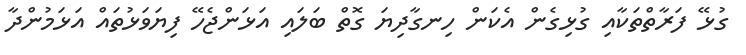
ގުޅޭ ފަރާތްތަކާއި ގުޅިގެން އެކަން ހިނގާދިޔަ ގޮތް ބަލައި އަޅަންޖެހޭ ފިޔަވަޅުތައް އަޅަމުންދާ